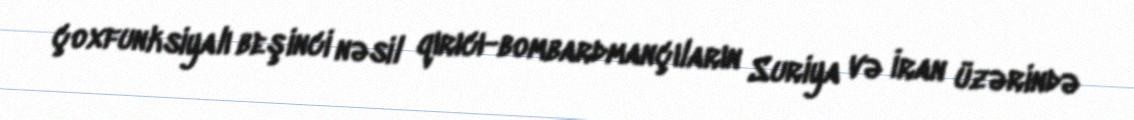
çoxfunksiyalı beşinci nəsil qırıcı-bombardmançıların Suriya və İran üzərində